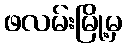
ဖလမ်းမြို့မှ